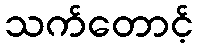
သက်တောင့်